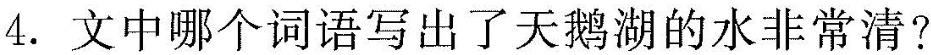
4. 文中哪个词语写出了天鹅湖的水非常清？